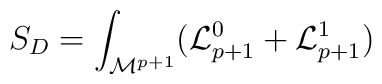
S_D =\int_{{\cal M}^{p+1}}({\cal L}^0_{p+1} +{\cal L}^1_{p+1})